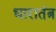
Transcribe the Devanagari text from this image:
धारातंत्र